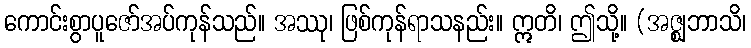
ကောင်းစွာပူဇော်အပ်ကုန်သည်။ အဿု၊ ဖြစ်ကုန်ရာသနည်း။ ဣတိ၊ ဤသို့။ (အဇ္ဈဘာသိ၊